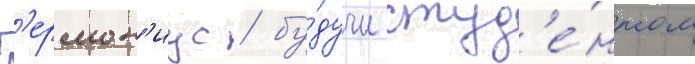
Г'ермон'иус / бу́дучи студ'е́нтом